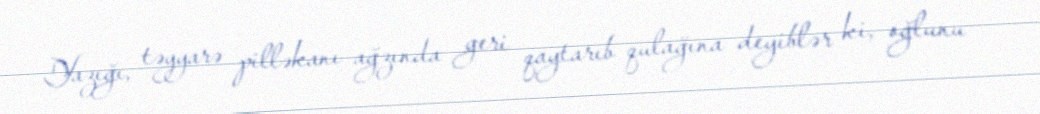
Yazığı, təyyarə pilləkanı ağzında geri qaytarıb qulağına deyiblər ki, oğlunu